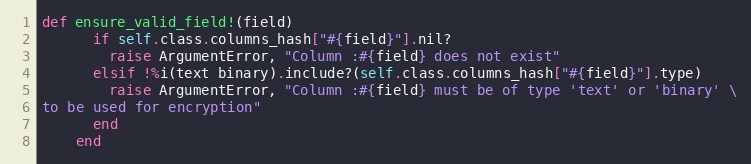
Language: Ruby
def ensure_valid_field!(field)
      if self.class.columns_hash["#{field}"].nil?
        raise ArgumentError, "Column :#{field} does not exist"
      elsif !%i(text binary).include?(self.class.columns_hash["#{field}"].type)
        raise ArgumentError, "Column :#{field} must be of type 'text' or 'binary' \
to be used for encryption"
      end
    end